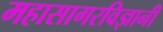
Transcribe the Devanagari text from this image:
महासागरविज्ञानी